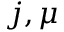
j , \mu